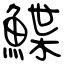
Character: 鰈